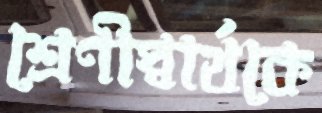
শ্রেণীস্বার্থকে